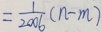
= \frac { 1 } { 2 0 0 6 } ( n - m )